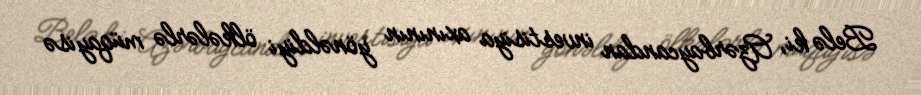
Belə ki, Azərbaycandan investisiya axınının yönəldiyi ölkələrlə müqayisə